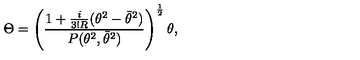
\Theta = \left( { \frac { 1 + { \frac { i } { 3 ! R } } ( \theta ^ { 2 } - \bar { \theta } ^ { 2 } ) } { P ( \theta ^ { 2 } , \bar { \theta } ^ { 2 } ) } } \right) ^ { \frac { 1 } { 2 } } \theta ,